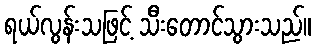
ရယ်လွန်းသဖြင့် သီးတောင်သွားသည်။